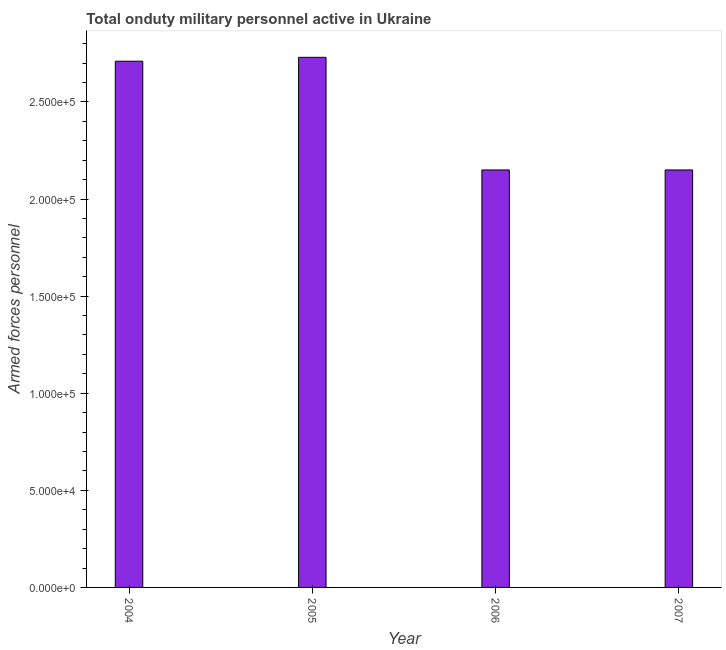
| Year | Armed forces personnel |
 | --- | --- |
 | 2004 | 2.71e+05 |
 | 2005 | 2.73e+05 |
 | 2006 | 2.15e+05 |
 | 2007 | 2.15e+05 |